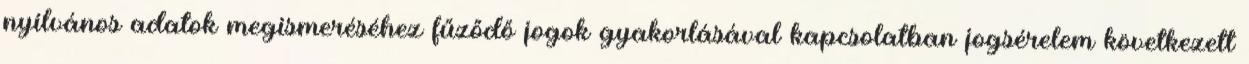
nyilvános adatok megismeréséhez fűződő jogok gyakorlásával kapcsolatban jogsérelem következett